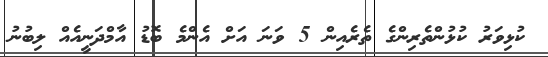
ކުޅިވަރު ކުޅުންތެރިންގެ ތެރެއިން 5 ވަނަ އަށް އެންމެ ބޮޑު އާމްދަނީއެއް ލިބުނު